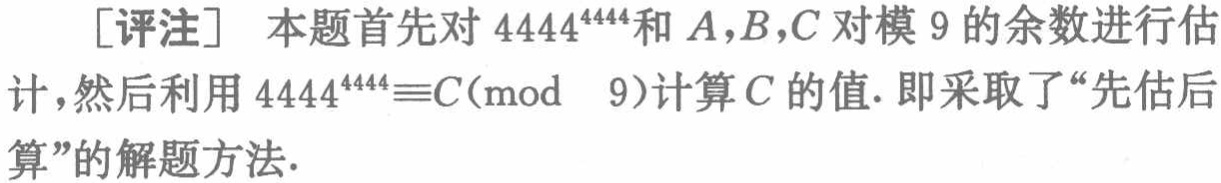
[评注] 本题首先对 \(4444^{4444}\)和 \(A,B,C\)对模 \(9\)的余数进行估计，然后利用 \(4444^{4444}\equiv C(\text{mod } 9)\)计算\(C\)的值. 即采取了“先估后算”的解题方法.